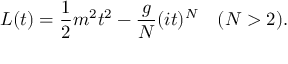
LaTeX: L ( t ) = { \frac { 1 } { 2 } } m ^ { 2 } t ^ { 2 } - { \frac { g } { N } } ( i t ) ^ { N } \quad ( N > 2 ) .